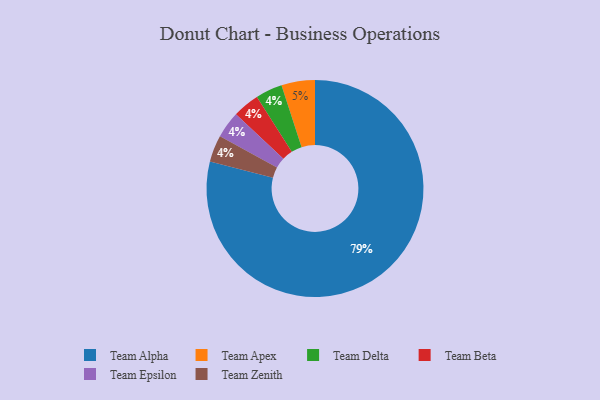
{"axis": {"x": "Category", "y": "Percentage"}, "legend": ["Team Alpha", "Team Apex", "Team Beta", "Team Delta", "Team Epsilon", "Team Zenith"], "data": [{"x": "Team Alpha", "y": 79, "type": "Team Alpha"}, {"x": "Team Delta", "y": 4, "type": "Team Delta"}, {"x": "Team Apex", "y": 5, "type": "Team Apex"}, {"x": "Team Beta", "y": 4, "type": "Team Beta"}, {"x": "Team Epsilon", "y": 4, "type": "Team Epsilon"}, {"x": "Team Zenith", "y": 4, "type": "Team Zenith"}]}